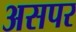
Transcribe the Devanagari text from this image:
असपर